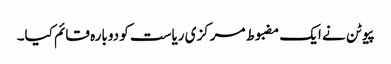
پیوٹن نے ایک مضبوط مرکزی ریاست کو دوبارہ قائم کیا۔